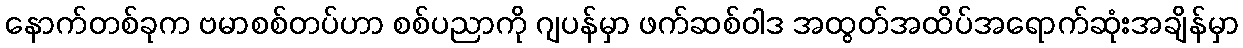
နောက်တစ်ခုက ဗမာစစ်တပ်ဟာ စစ်ပညာကို ဂျပန်မှာ ဖက်ဆစ်ဝါဒ အထွတ်အထိပ်အရောက်ဆုံးအချိန်မှာ